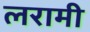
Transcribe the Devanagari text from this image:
लरामी